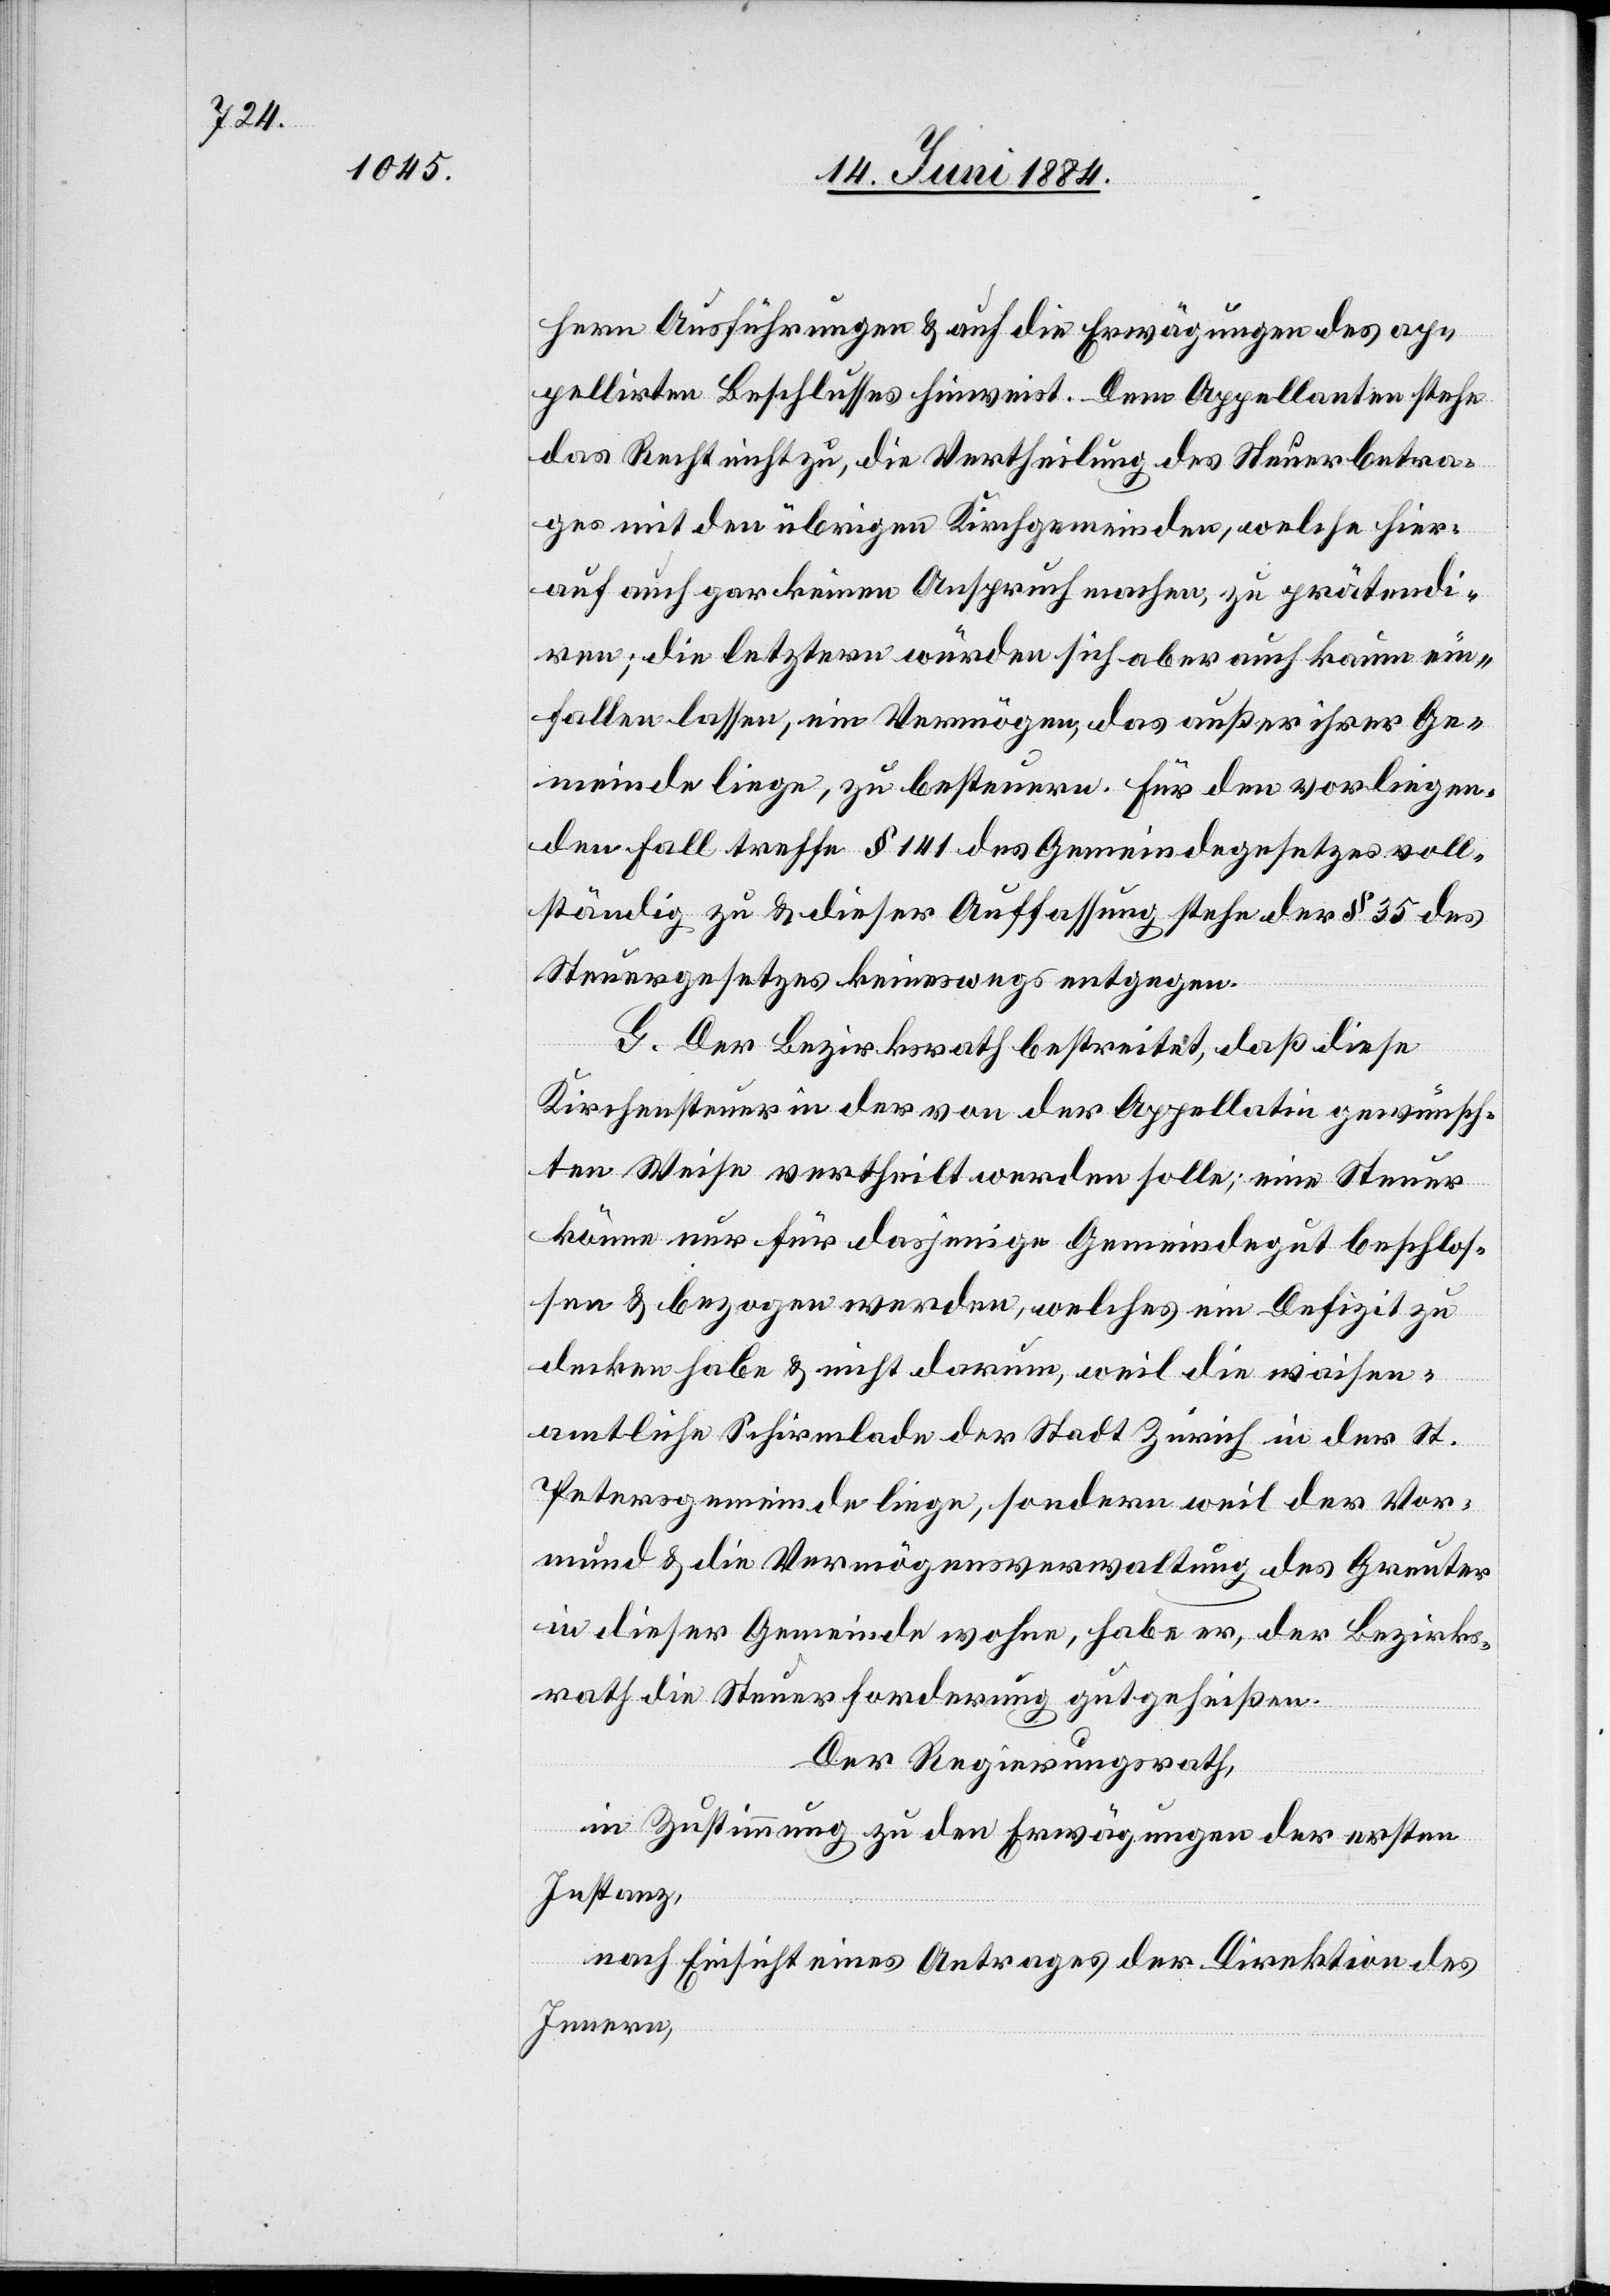
hern Ausführungen & auf die Erwägungen des ap¬
pelirten Beschlusses hinweist. Dem Appellanten stehe
das Recht nicht zu, die Vertheilung des Steuerbetra¬
ges mit den übrigen Kirchgemeinden, welche hier¬
auf gar keinen Anspruch machen, zu prätendi¬
ren; die letztern würden sich aber auch kaum ein¬
fallen lassen, ein Vermögen, das außer ihrer Ge¬
meinde liege, zu besteuern. Für den vorliegen¬
den Fall treffe § 141 des Gemeindegesetzes voll¬
ständig zu & dieser Auffassung stehe der § 35 des
Steuergesetzes keineswegs entgegen.
G. Der Bezirksrath bestreitet, daß diese
Kirchensteuer in der von der Appellatin gewünsch¬
ten Weise vertheilt werden solle; eine Steuer
könne nur für dasjenige Gemeindegut beschlos¬
sen & bezogen werden, welches ein Defizit zu
decken habe & nicht darum, weil die waisen¬
amtliche Schirmlade der Stadt Zürich in der St.
Petergemeinde liege, sondern weil der Vor¬
mund & die Vermögensverwaltung des Greuter
in dieser Gemeinde wohne, habe er, der Bezirks¬
rath die Steuerforderung gutgeheißen.
Der Regierungsrath,
in Zustimmung zu den Erwägungen der ersten
Instanz,
nach Einsicht eines Antrages der Direktion des
Innern,